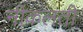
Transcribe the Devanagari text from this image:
नीकलती